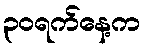
၃၀ရက်နေ့က